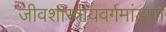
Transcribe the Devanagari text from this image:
जीवशास्त्रीयवर्गमांडणी